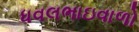
ધવલભાઇવાળો